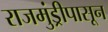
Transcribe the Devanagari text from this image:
राजमुंड्रीपासून